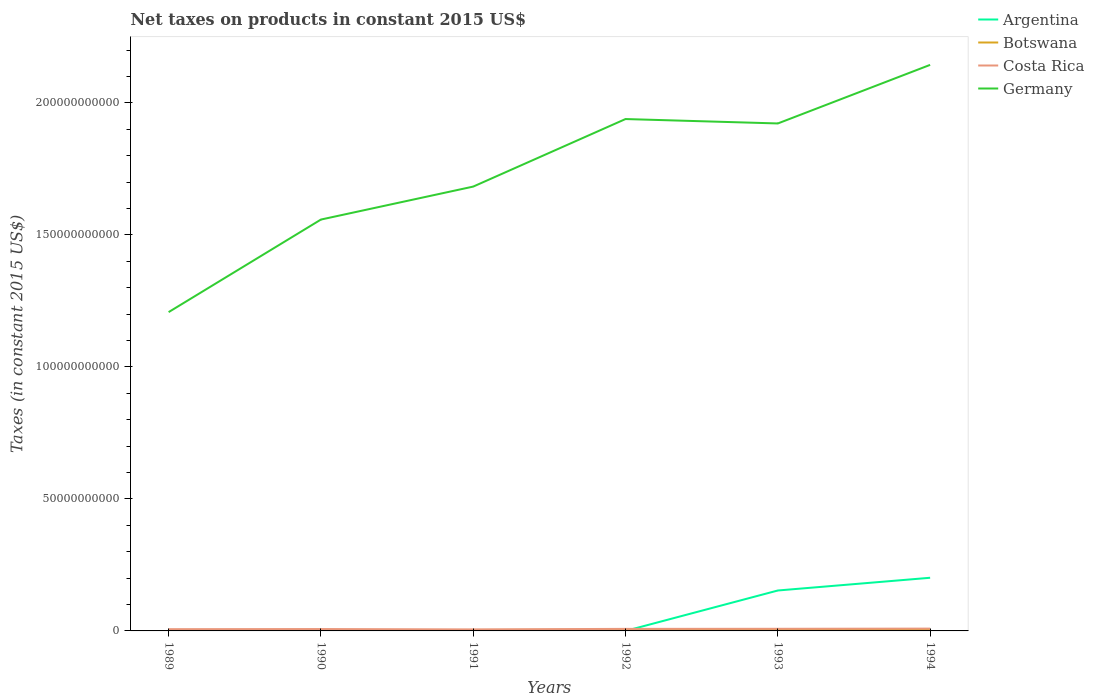
| Years | Argentina | Botswana | Costa Rica | Germany |
 | --- | --- | --- | --- | --- |
 | 1989 | -378 | 1.67e+08 | 6.61e+08 | 1.21e+11 |
 | 1990 | -4.2e+03 | 2.56e+08 | 7.13e+08 | 1.56e+11 |
 | 1991 | 315 | 3.61e+08 | 5.75e+08 | 1.68e+11 |
 | 1992 | -5.45e+03 | 4.56e+08 | 7.75e+08 | 1.94e+11 |
 | 1993 | 1.53e+10 | 4.05e+08 | 8.03e+08 | 1.92e+11 |
 | 1994 | 2.01e+10 | 3.37e+08 | 8.78e+08 | 2.14e+11 |